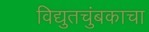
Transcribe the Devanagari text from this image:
विद्युतचुंबकाचा